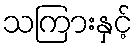
သကြားနှင့်